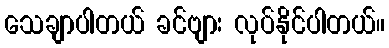
သေချာပါတယ် ခင်ဗျား လုပ်နိုင်ပါတယ်။